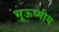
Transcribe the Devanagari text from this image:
भूऊष्मीय